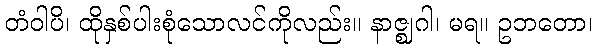
တံဝါပိ၊ ထိုနှစ်ပါးစုံသောလင်ကိုလည်း။ နာဇ္ဈဂါ၊ မရ။ ဥဘတော၊